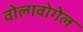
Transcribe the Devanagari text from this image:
वोल्गवोगेल